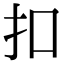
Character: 扣